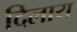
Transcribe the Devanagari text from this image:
दिलाय